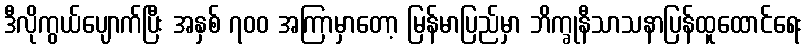
ဒီလိုကွယ်ပျောက်ပြီး အနှစ် ၇၀၀ အကြာမှာတော့ မြန်မာပြည်မှာ ဘိက္ခုနီသာသနာပြန်ထူထောင်ရေး